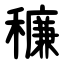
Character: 䆂